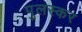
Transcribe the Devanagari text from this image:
पुलस्कर